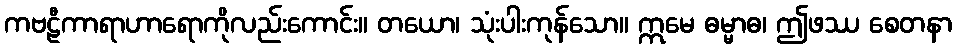
ကဗဠီကာရာဟာရောကိုလည်းကောင်း။ တယော၊ သုံးပါးကုန်သော။ ဣမေ ဓမ္မာဓ၊ ဤဖဿ စေတနာ